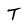
Character: T